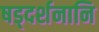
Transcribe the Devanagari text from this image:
षड्दर्शनानि